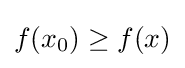
f(x_{0})\geq f(x)